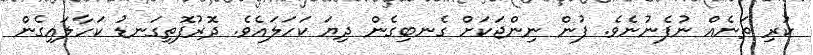
ކުރި ތަނެއް ނުފެނުނެވެ. ފުން ނިންޖަކަށް ގެނބިގެން ދިޔަ ކަހަލައެވެ. ދޮރުފޮތިގަނޑު ކަހާލައިގެން